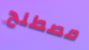
مصطلح